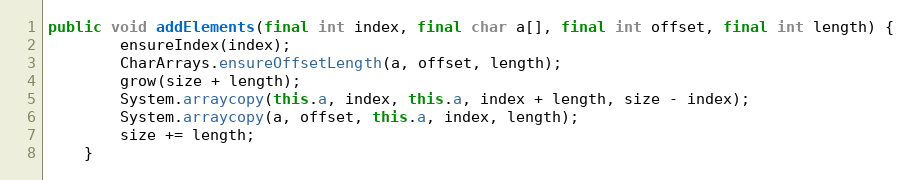
Language: Java
public void addElements(final int index, final char a[], final int offset, final int length) {
        ensureIndex(index);
        CharArrays.ensureOffsetLength(a, offset, length);
        grow(size + length);
        System.arraycopy(this.a, index, this.a, index + length, size - index);
        System.arraycopy(a, offset, this.a, index, length);
        size += length;
    }